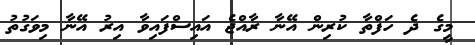
މީގެ ދެ ހަފްތާ ކުރިން އޭނާ ރާއްޖެ އައިސްފައިވާ އިރު އޭނާ މިވަގުތު